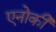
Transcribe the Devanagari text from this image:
एनोकी